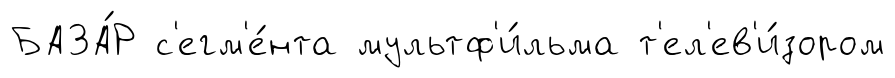
БАЗА́Р с'егм'е́нта мультф'и́льма т'ел'ев'и́зором